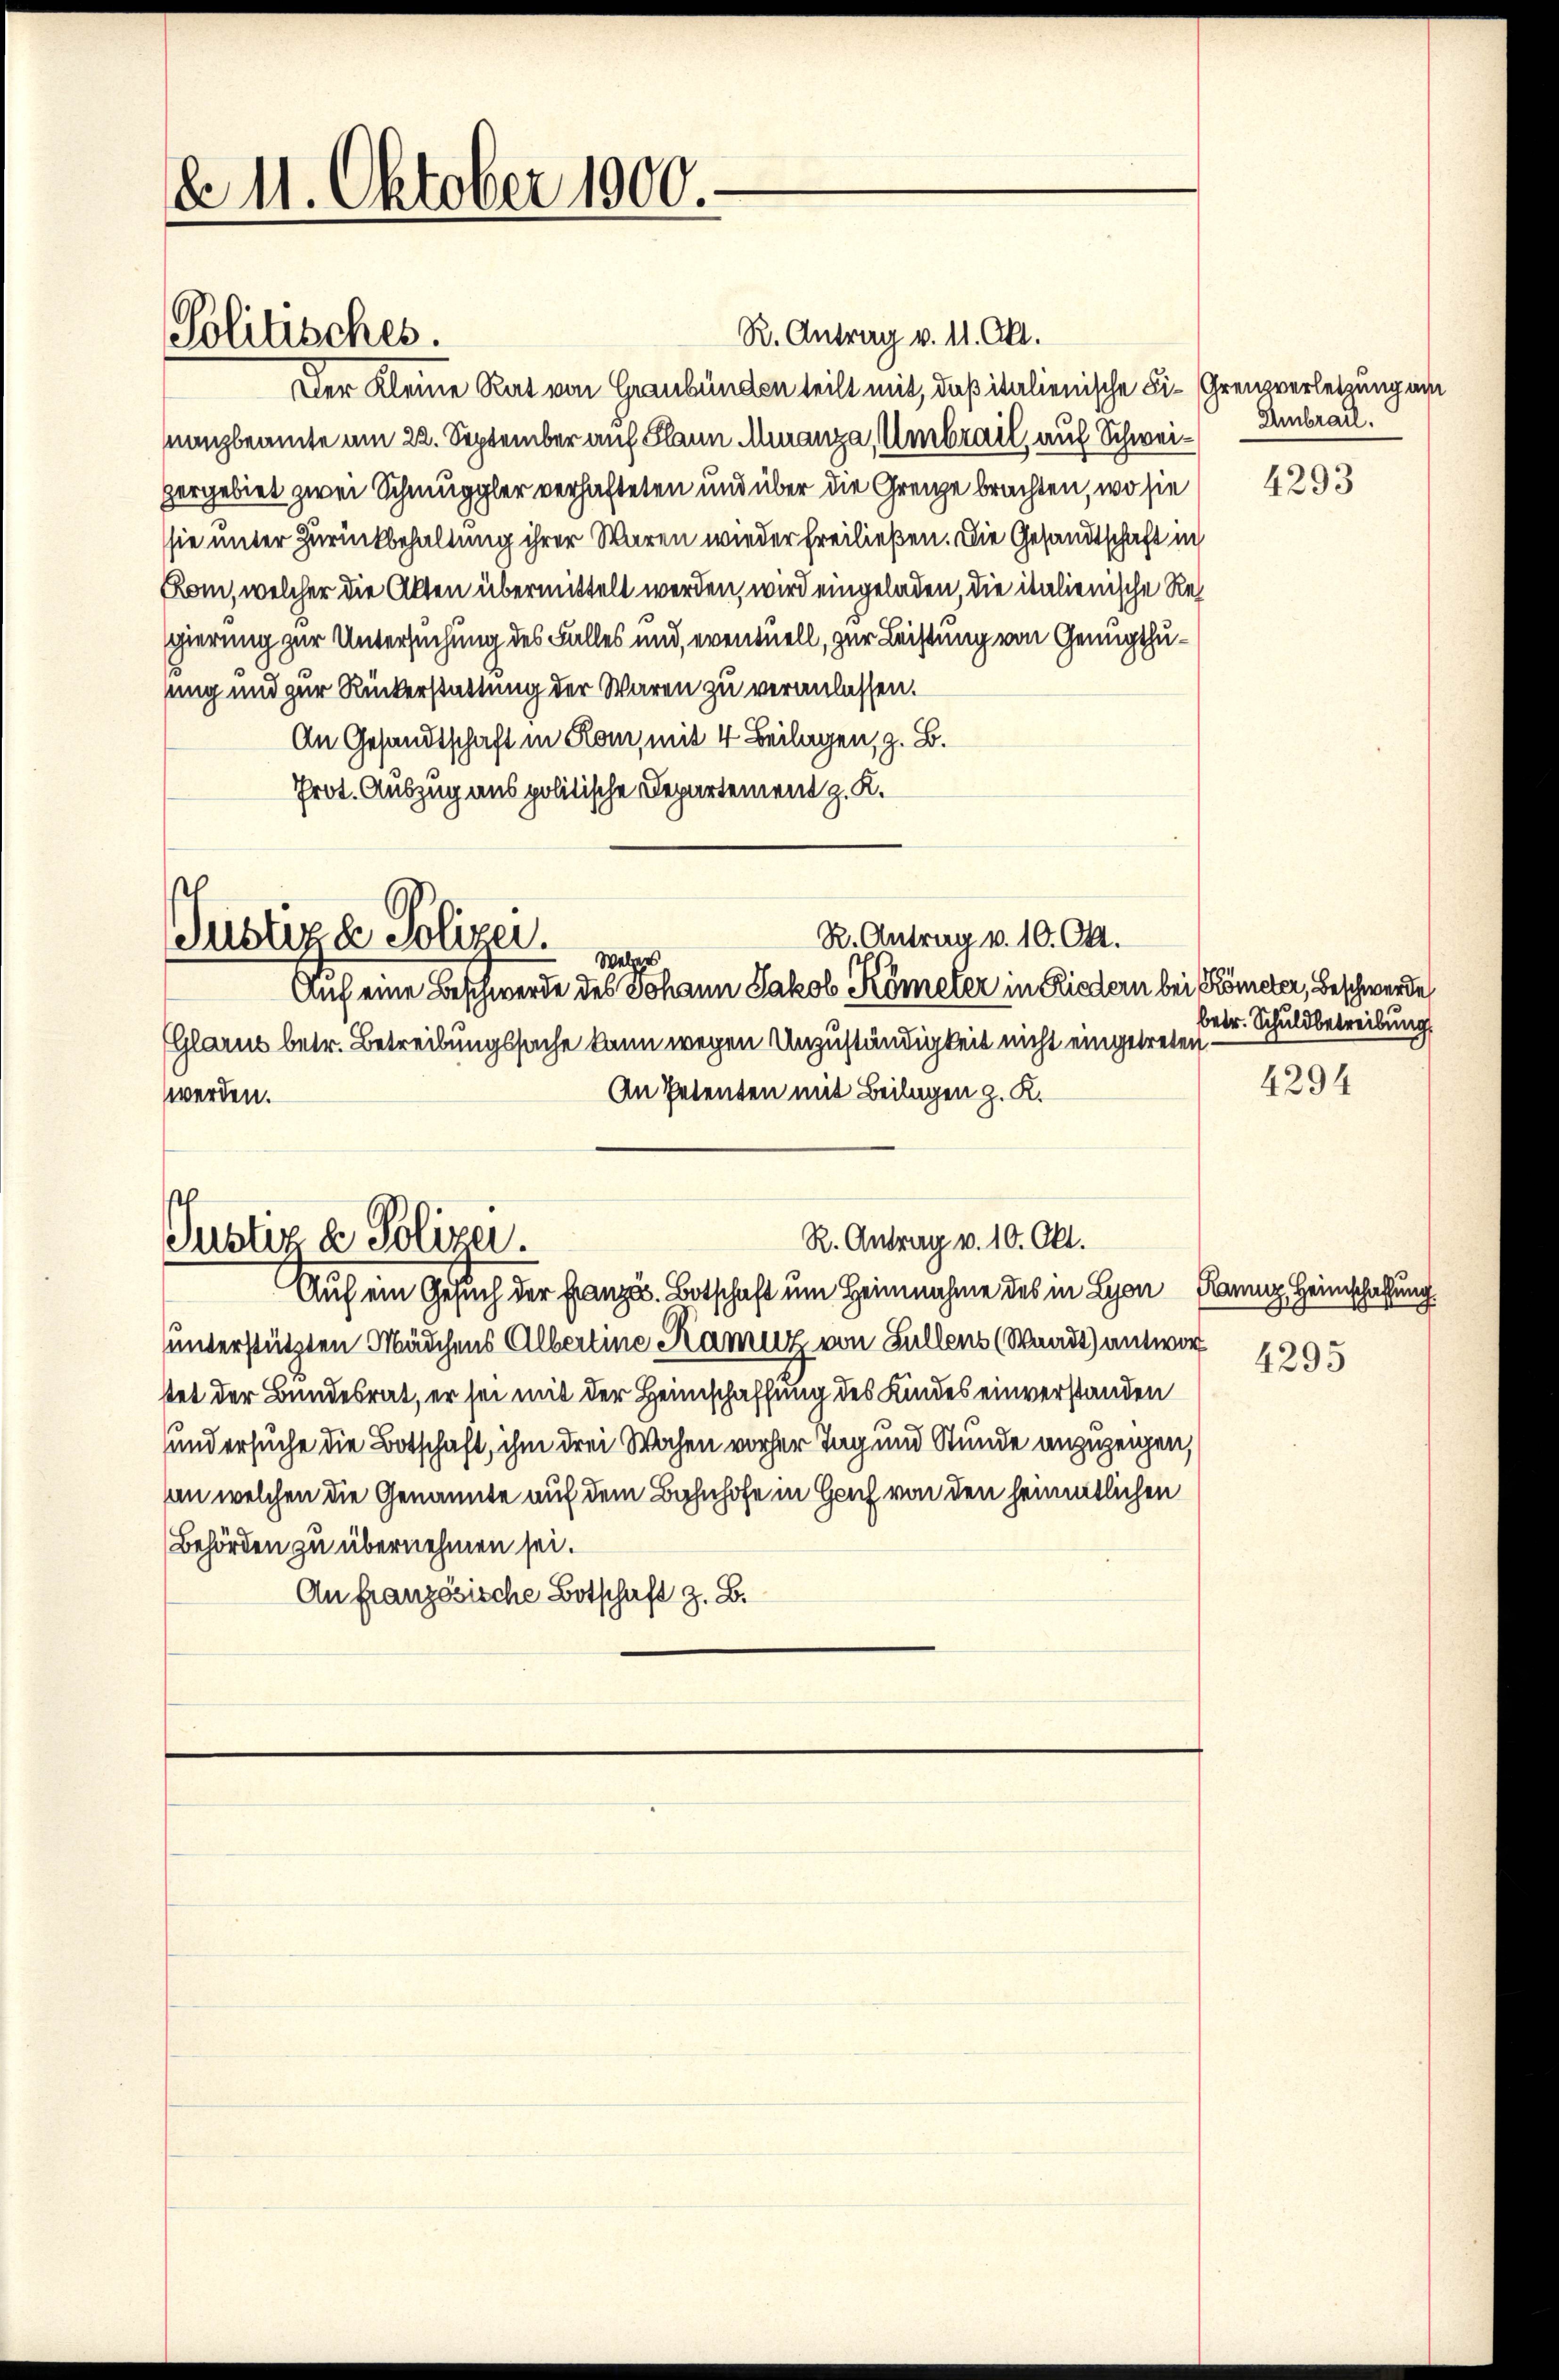
d 11. Oktober 1900.

Politisches.

R. Antrag v. 11. Okt.
Der Kleine Rat von Graubünden teilt mit, daß italienische Fi-Grenzverletzung an
nanzbeamte am 22. September auf Kann Muranza, Umbrail, auf Schwei- Embrail.
zergebiet zwei Schmuggler verhafteten und über die Grenze brachten, wo sie
sie unter Zurückbehaltung ihrer Waren wieder freiließen. Die Gesandtschaft in
Rom, welcher die Akten übermittelt werden, wird eingeladen, die italienische Reh
gierung zur Untersuchung des Falles und eventuell, zur Leistung von Genugthusung und zur Rückerstattung der Waren zu veranlassen.
An Gesandtschaft in Rom, mit 4 Beilagen, z. B.
Prot. Auszug aus politische Departement z. K.

R. Antrag v. 10. Okt.
Justiz & Polizei.
Welers

Auf eine Beschwerde des Johann Jakob Kömeter in Riedern bei Kometer, Beschwerde
Glarus betr. Betreibungssache kann wegen Unzuständigkeit nicht eingetreten –
An Petenten mit Beilagen z. K.
werden.

Justiz & Polizei.

R. Antrag v. 10. Okt.

Auf ein Gesuch der Franza. Botschaft um Heimnahme des in Lyon Elenz Heimschaffung
unterstützten Mädchens Albertine Kamuz von Fallens (Waadt) antwort
ttet der Bundesrat, er sei mit der Heimschaffung des Kindes einverstanden
und ersuche die Botschaft, ihm drei Wochen vorher Tag und Stunde anzuzeigen,
an welchen die Genannte auf dem Bahnhofe in Hof von den sämmtlichen
Behörden zu übernehmen sei.
An französische Botschaft z. B.

4293

betr. Schuldbetreibung

4294

4295